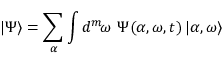
| \Psi \rangle = \sum _ { \boldsymbol { \alpha } } \int d ^ { m } \! { \boldsymbol { \omega } } \, \, \Psi ( { \boldsymbol { \alpha } } , { \boldsymbol { \omega } } , t ) \, | { \boldsymbol { \alpha } } , { \boldsymbol { \omega } } \rangle